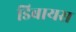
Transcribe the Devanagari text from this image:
डिबायस